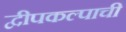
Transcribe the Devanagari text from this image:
द्वीपकल्पाची